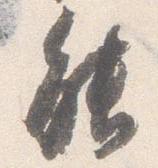
能